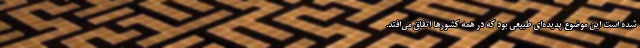
شده است این موضوع پدیده‌ای طبیعی بود که در همه کشورها اتفاق می‌افتد.